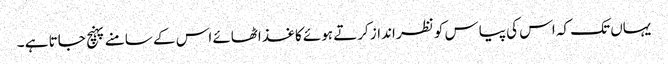
یہاں تک کہ اس کی پیاس کو نظر انداز کرتے ہوئے کاغذ اٹھائے اس کے سامنے پہنچ جاتا ہے ۔